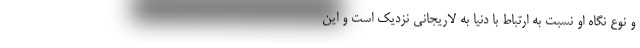
و نوع نگاه او نسبت به ارتباط با دنیا به لاریجانی نزدیک است و این